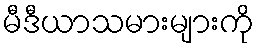
မီဒီယာသမားများကို